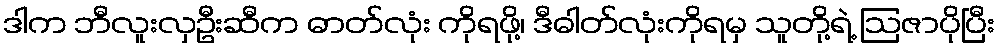
ဒါက ဘီလူးလှဦးဆီက ဓာတ်လုံး ကိုရဖို့၊ ဒီဓါတ်လုံးကိုရမှ သူတို့ရဲ့ ဩဇာပိုပြီး